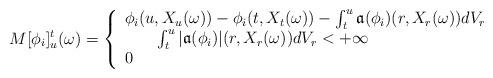
LaTeX: \begin{align*}M[\phi_i]^t_u(\omega)=\left\{\begin{array}{l}\phi_i(u,X_u(\omega))-\phi_i(t,X_t(\omega))-\int_t^u\mathfrak{a}(\phi_i)(r,X_r(\omega))dV_r\\\quad\quad\int_t^u|\mathfrak{a}(\phi_i)|(r,X_r(\omega))dV_r<+\infty\\0 \ \end{array}\right.\end{align*}